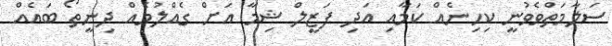
ސަލާމަތްވެވުނީ ކިހިނެއް ކަމާއި އަދި ފަޒީލް ޝިމާ އަށް ގެއްލުމެއް ދިނީތޯ ބައެއް